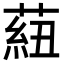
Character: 𦶆